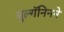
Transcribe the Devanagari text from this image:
बुल्गॅनिनने